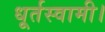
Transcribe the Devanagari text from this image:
धूर्तस्वामी।